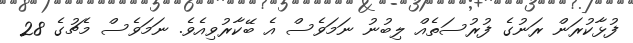
ފުޅާކުރަން ރަނުގެ ފުރުސަތެއް ލިބުނު ނަމަވެސް އެ ބޭކާރުވިއެވެ. ނަމަވެސް މެޗުގެ 28